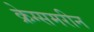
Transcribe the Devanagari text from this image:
क्रेग्समरीन